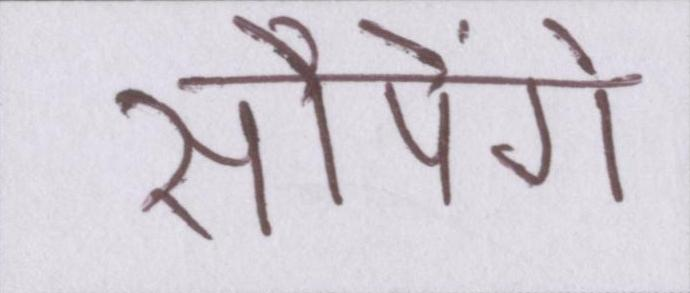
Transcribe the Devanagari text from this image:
सौपेंगे